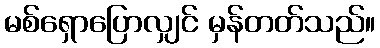
မစ်ရှောပြောလျှင် မှန်တတ်သည်။